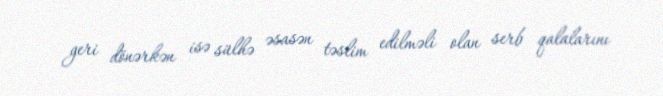
geri dönərkən isə sülhə əsasən təslim edilməli olan serb qalalarını